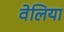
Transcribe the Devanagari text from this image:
वेलिया